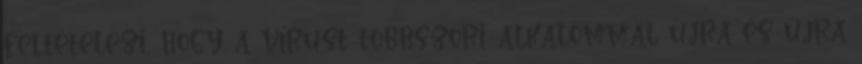
feltételezi, hogy a vírust többszöri alkalommal újra és újra